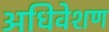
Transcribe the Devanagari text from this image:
अधिवेशण